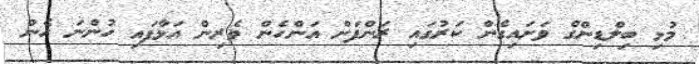
މުޅި ބިލްޑިންގް ވަށައިގެން ކަރުގައި ރަންފަށް އަންހެން ވެރިން އަޅާފައި ހުންނަ ހެން